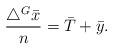
LaTeX: \begin{align*}\frac{\triangle^{G}\bar{x}}{n}=\bar{T}+\bar{y}. \end{align*}